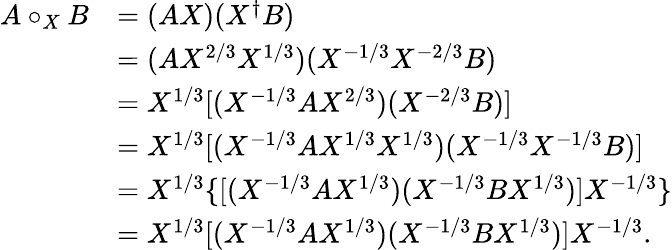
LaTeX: \begin{array}{rl}{{A\circ_{X}B}}&{{=(AX)(X^{\dagger}B)}}\\ {{}}&{{=(AX^{2/3}X^{1/3})(X^{-1/3}X^{-2/3}B)}}\\ {{}}&{{=X^{1/3}[(X^{-1/3}AX^{2/3})(X^{-2/3}B)]}}\\ {{}}&{{=X^{1/3}[(X^{-1/3}AX^{1/3}X^{1/3})(X^{-1/3}X^{-1/3}B)]}}\\ {{}}&{{=X^{1/3}\{ [(X^{-1/3}AX^{1/3})(X^{-1/3}BX^{1/3})]X^{-1/3}\} }}\\ {{}}&{{=X^{1/3}[(X^{-1/3}AX^{1/3})(X^{-1/3}BX^{1/3})]X^{-1/3}.}}\end{array}